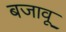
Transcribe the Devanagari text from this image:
बजावू